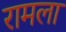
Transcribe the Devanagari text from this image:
रामला